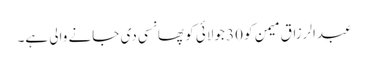
عبدالرزاق میمن کو 30 جولائی کو پھانسی دی جانے والی ہے۔